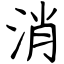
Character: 消